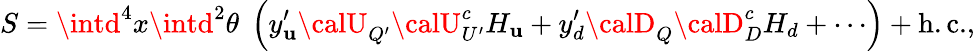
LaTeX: S=\intd^{4}x\intd^{2}\theta\; \left(y_{\mathbf{u}}^{\prime}{\calU}_{Q^{\prime}}{\calU}_{U^{\prime}}^{c}H_{\mathbf{u}}+y_{d}^{\prime}{\calD}_{Q}{\calD}_{D}^{c}H_{d}+\cdots\right)+\mathrm{{h.c.}},